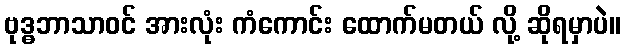
ဗုဒ္ဓဘာသာဝင် အားလုံး ကံကောင်း ထောက်မတယ် လို့ ဆိုရမှာပဲ။